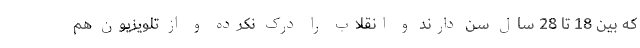
که بین 18 تا 28 سال سن دارند و انقلاب را درک نکرده و از تلویزیون هم